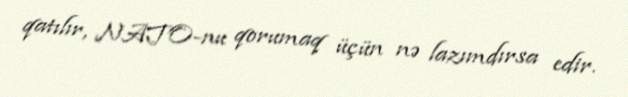
qatılır, NATO-nu qorumaq üçün nə lazımdırsa edir.